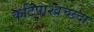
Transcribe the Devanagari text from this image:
कटिपाश्व्रच्छदा